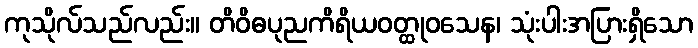
ကုသိုလ်သည်လည်း။ တိဝိဓပုညကိရိယဝတ္ထုဝသေန၊ သုံးပါးအပြားရှိသော